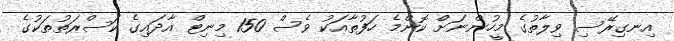
އިނގިރޭސި ވިލާތުގެ މީހުންނަށް ކޮންމެ ހަފުތާއަކު ވެސް 150 މިނިޓް އާދައިގެ ކަސްރަތުތަކުގެ